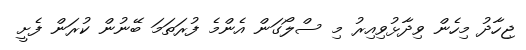
ޖިހާދު މިހެން ވިދާޅުވިއިރު މި ސްލޯގަން އެންމެ ފުރަތަމަ ބޭނުން ކުރަން ފެށީ